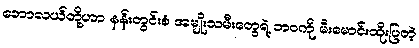
ဘောလယ်တို့ဟာ နန်းတွင်းစံ အမျိုးသမီးတွေရဲ့ ဘဝကို မီးမောင်းထိုးပြတဲ့